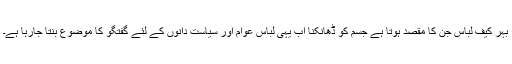
بہر کیف لباس جن کا مقصد ہوتا ہے جسم کو ڈھانکنا اب یہی لباس عوام اور سیاست دانوں کے لئے گفتگو کا موضوع بنتا جارہا ہے۔